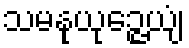
သမနုယုဉ္ဇေယျံ